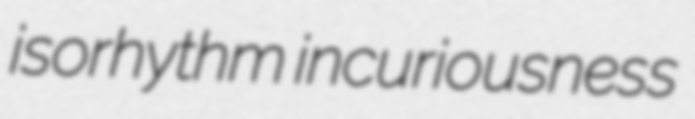
isorhythm incuriousness